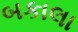
બકાલા